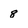
Character: 8